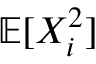
\mathbb { E } [ X _ { i } ^ { 2 } ]